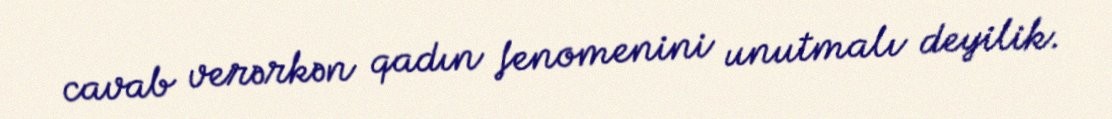
cavab verərkən qadın fenomenini unutmalı deyilik.